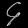
Digit: ၄